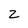
Character: 2